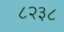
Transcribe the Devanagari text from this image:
८२३८